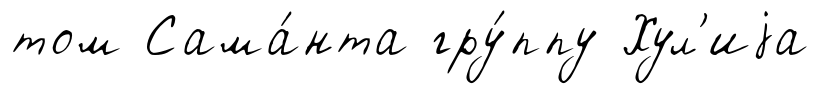
том Сама́нта гру́ппу Хул'иjа